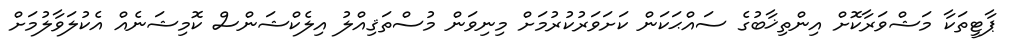
ޕާޓީތަކާ މަޝްވަރާކޮށް އިންތިޚާބުގެ ސައްޙަކަން ކަށަވަރުކުރުމަށް މިނިވަން މުސްތަޤިއްލު އިލެކްޝަންސް ކޮމިޝަނެއް އެކުލަވާލުމަށް